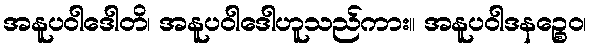
အနူပဝါဒေါတိ၊ အနူပဝါဒေါဟူသည်ကား။ အနူပဝါဒနဉ္စေဝ၊